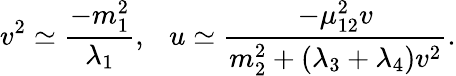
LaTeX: v^{2}\simeq{\frac{-m_{1}^{2}}{\lambda_{1}}},~~~u\simeq{\frac{-\mu_{12}^{2}v}{m_{2}^{2}+(\lambda_{3}+\lambda_{4})v^{2}}}.